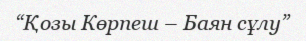
“Қозы Көрпеш – Баян сұлу”